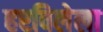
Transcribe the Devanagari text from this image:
हरविलेला